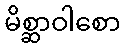
မိစ္ဆာဝါစော